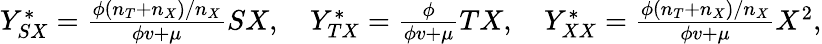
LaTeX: \begin{array}{r}{Y_{SX}^{\ast}=\frac{\phi(n_{T}+n_{X})/n_{X}}{\phi v+\mu}SX,\quad Y_{TX}^{\ast}=\frac{\phi}{\phi v+\mu}TX,\quad Y_{XX}^{\ast}=\frac{\phi(n_{T}+n_{X})/n_{X}}{\phi v+\mu}X^{2},}\end{array}